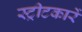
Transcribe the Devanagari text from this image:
स्ट्रीटकारें